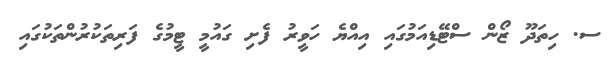
ސ. ހިތަދޫ ޒޯން ސްޓޭޑިއަމުގައި އިއްޔެ ހަވީރު ފެށި ގައުމީ ޓީމުގެ ފަރިތަކުރުންތަކުގައި